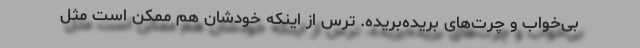
بی‌خواب و چرت‌های بریده‌بریده. ترس از اینکه خودشان هم ممکن است مثل